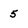
Character: 5